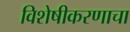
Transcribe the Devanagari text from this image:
विशेषीकरणाचा